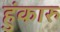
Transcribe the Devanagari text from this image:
हुंकारु